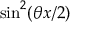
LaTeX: \sin ^ { 2 } ( \theta x / 2 )